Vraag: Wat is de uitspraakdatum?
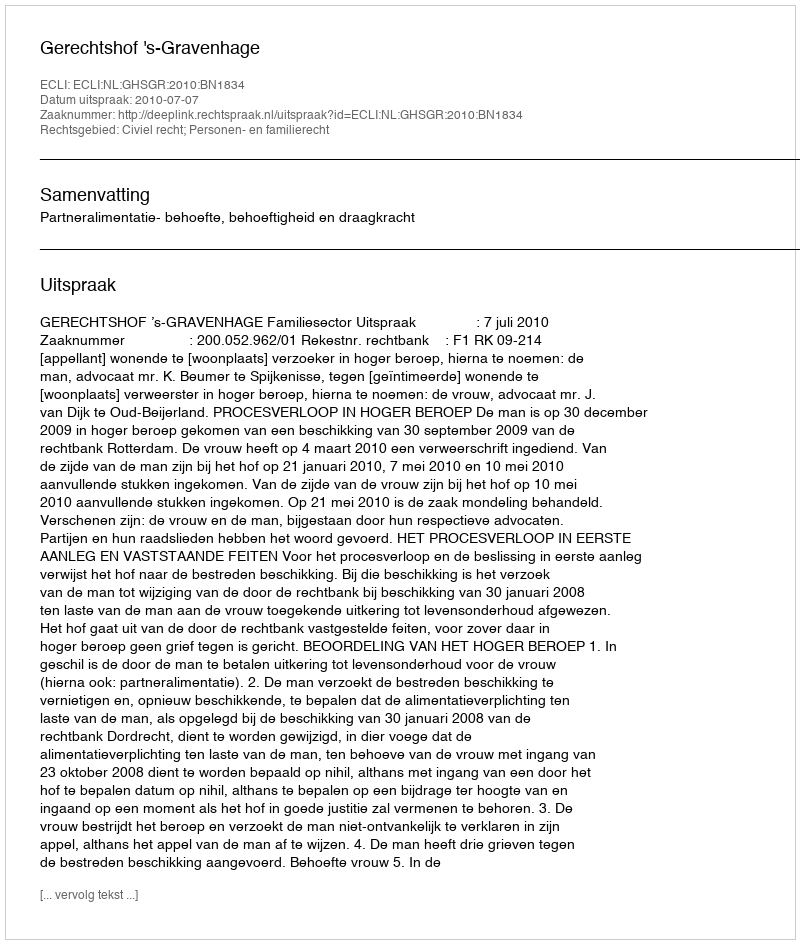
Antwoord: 2010-07-07